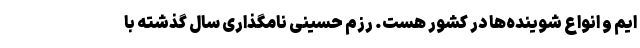
ایم و انواع شوینده‌ها در کشور هست. رزم حسینی نامگذاری سال گذشته با